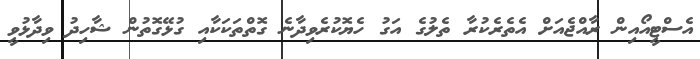
އެސްޓީއޯއިން ރާއްޖެއަށް އެތެރެކުރާ ތެލުގެ އަގު ހެޔޮކުރެވިދާނެ ގޮތްތަކަކާއި ގުޅޭގޮތުން ޝާހިދު ވިދާޅުވީ